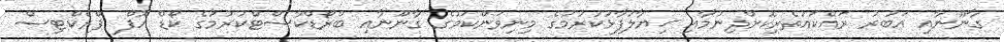
ގާނޫނާއި އަބުރު ރައްކައުތެރިކޮށްދިނުމާއި ޚިޔާލުފާޅުކުރުމުގެ މިނިވަންކަމުގެ ގާނޫނާއި ބްރޯޑްކާސްޓްކުރުމުގެ ކޯޑް އޮފް ޕްރެކްޓިސް